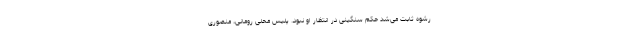
رشوه ثابت می‌شد حکم سنگینی در انتظار او نبود. پلیس محلی رومانی، منصوری